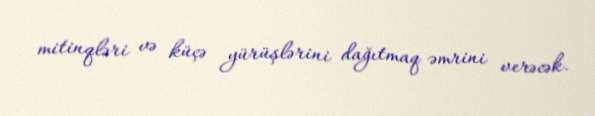
mitinqləri və küçə yürüşlərini dağıtmaq əmrini verəcək.